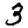
Digit: 3